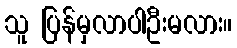
သူ ပြန်မှလာပါဦးမလား။